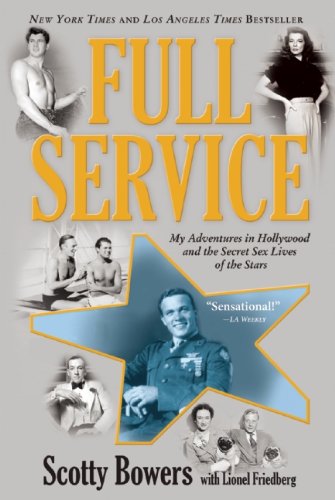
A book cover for Full Service: My Adventures in Hollywood and the Secret Sex Live of the Stars; Scotty Bowers; Biographies & Memoirs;